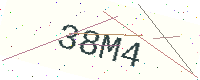
Text: 38M4